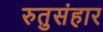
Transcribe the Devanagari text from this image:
रुतुसंहार